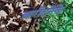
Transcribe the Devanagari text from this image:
खरीदनेके